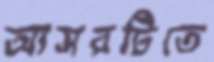
আসরটিতে